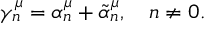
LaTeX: \gamma _ { n } ^ { \mu } = \alpha _ { n } ^ { \mu } + \tilde { \alpha } _ { n } ^ { \mu } , ~ ~ ~ n \neq 0 .